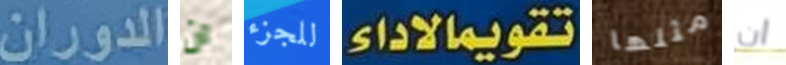
الدوران ان للجزء تقويمالاداء مثلها ان